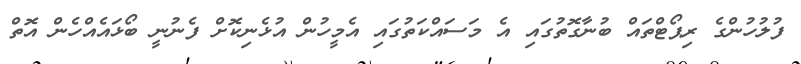
ފުލުހުންގެ ރިޕޯޓްތައް ބުނާގޮތުގައި އެ މަސައްކަތުގައި އެމީހުން އުޅެނިކޮށް ފެނުނީ ބޯޅައެއްހެން އޮތް